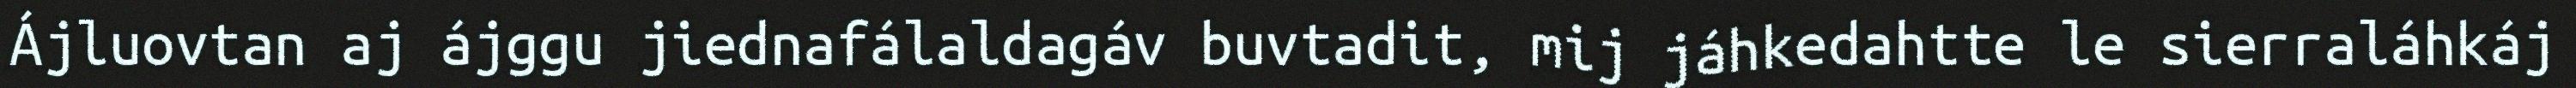
Ájluovtan aj ájggu jiednafálaldagáv buvtadit, mij jáhkedahtte le sierraláhkáj